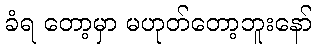
ခံရ တော့မှာ မဟုတ်တော့ဘူးနော်